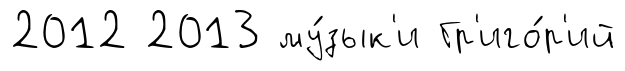
2012 2013 му́зык'и Гр'иго́р'ий